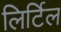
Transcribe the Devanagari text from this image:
लिर्टिल